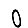
Digit: 0